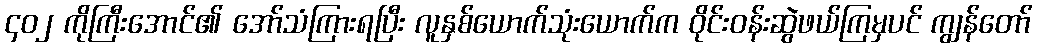
၄၀၂ ကိုကြီးအောင်၏ အော်သံကြားရပြီး လူနှစ်ယောက်သုံးယောက်က ဝိုင်းဝန်းဆွဲဖယ်ကြမှပင် ကျွန်တော်